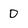
Character: D